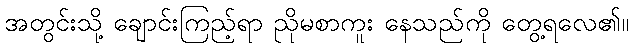
အတွင်းသို့ ချောင်းကြည့်ရာ ညိုမစာကူး နေသည်ကို တွေ့ရလေ၏။